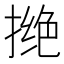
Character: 𪮖